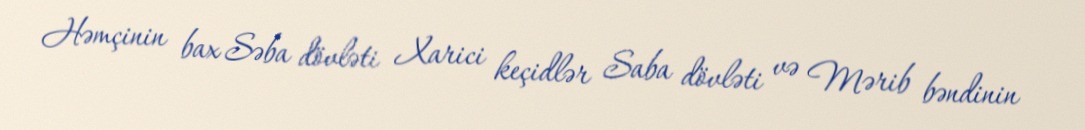
Həmçinin bax Səba dövləti Xarici keçidlər Saba dövləti və Mərib bəndinin